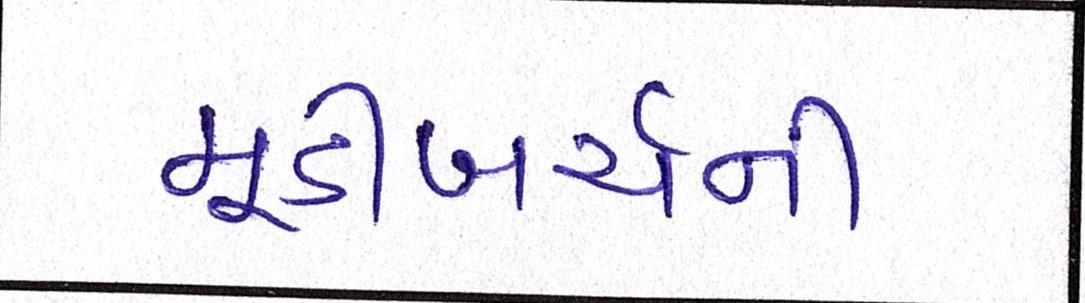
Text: મૂડીખર્ચની